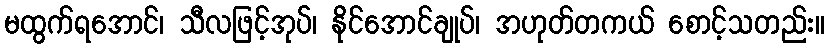
မထွက်ရအောင်၊ သီလဖြင့်အုပ်၊ နိုင်အောင်ချုပ်၊ အဟုတ်တကယ် စောင့်သတည်း။